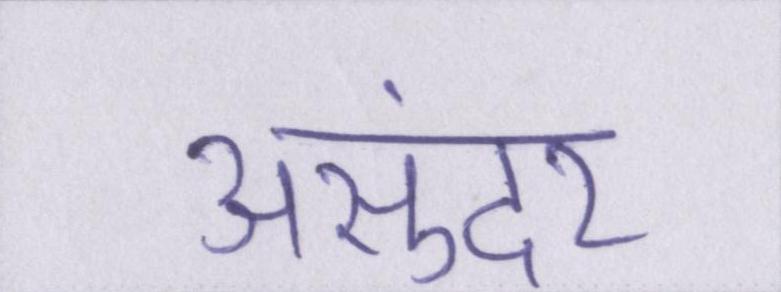
असुंदर